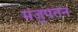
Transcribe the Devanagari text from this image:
मंजुपतन